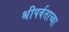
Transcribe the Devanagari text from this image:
श्रीपर्वताच्या